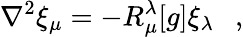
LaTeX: \nabla^{2}\xi_{\mu}=-R_{\mu}^{\lambda}[g]\xi_{\lambda}~~~,